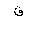
Letter: _qaf